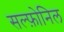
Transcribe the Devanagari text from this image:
सल्फ़ोनिल